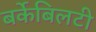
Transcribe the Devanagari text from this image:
बर्केबिलटी